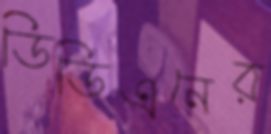
ডিডিএনের